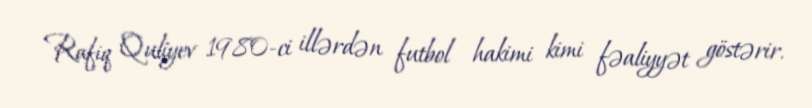
Rafiq Quliyev 1980-ci illərdən futbol hakimi kimi fəaliyyət göstərir.